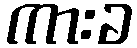
ကားခ